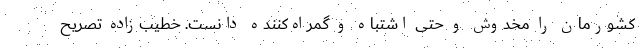
کشورمان را مخدوش و حتی اشتباه و گمراه‌کننده دانست. خطیب‌زاده تصریح